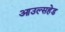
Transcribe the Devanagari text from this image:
आउल्सहेड